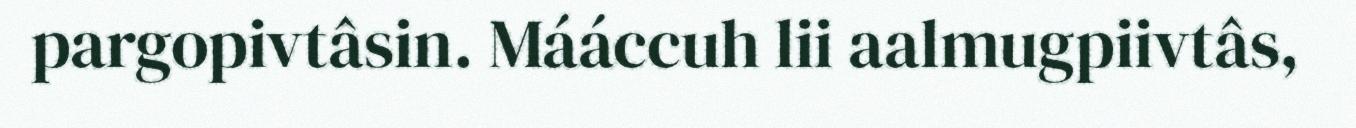
pargopivtâsin. Mááccuh lii aalmugpiivtâs,